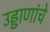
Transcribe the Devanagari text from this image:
उड्डाणांचे